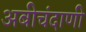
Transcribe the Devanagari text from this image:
अबीचंदाणी